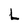
Character: L